Annual report of the Punjab Veterinary College and of the Civil Veterinary Department, Punjab - 1920-1925
Year: 1920
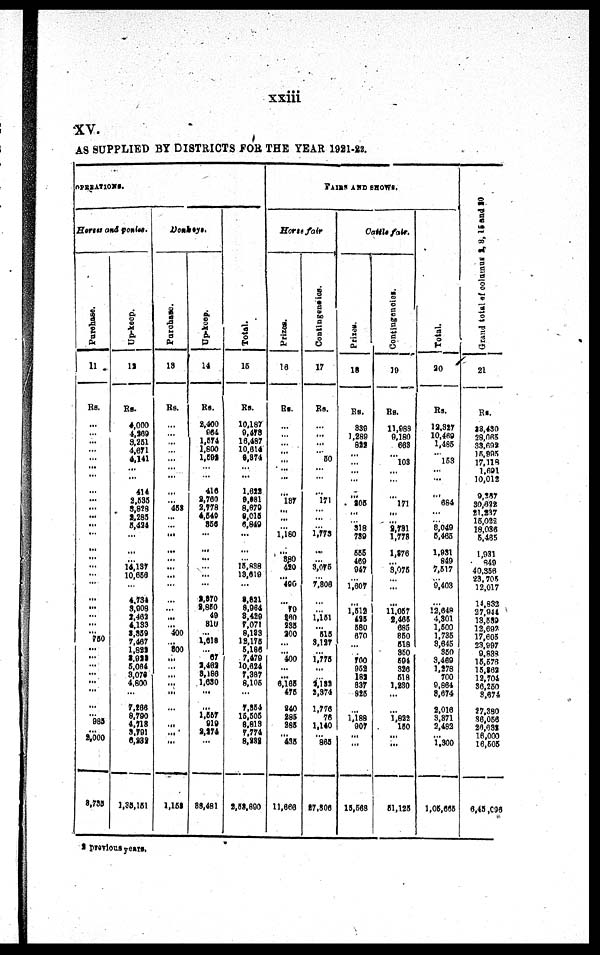
xxiii
XV.
AS SUPPLIED BY DISTRICTS FOB THE YEAR 1911-M.
OPERATIONS.
Horse and ponies.
Purchase.
11
Rs.
...
... ...
...
...
...
...
...
...
...
...
...
...
...
...
...
...
...
...
...
...
...
... 750
...
...
... ...
...
...
...
... 985
...
2,000
3,735
Up-keep.
12
Rs.
4,000
4,269
3,251
4,671
4,141
...
...
414
2,535
3,878
2,285
5,424
...
...
... 14,137
10,656
...
4,734
3,908
2,462
4,133
3,359
7,467
1,822
2,922
5,064
3,076
4,800
...
7,266
8,790
4,718
3,791
6,232
1,35,151
Donkeys.
Purchase.
13
Rs.
...
...
...
...
...
... ...
...
... 453
...
...
...
...
... ...
...
...
...
...
...
... 400
... 800
...
...
... ...
...
...
...
...
...
1,153
Up-keep.
14
Rs.
2,400
964
1,574
1,800
1,592
...
...
416
2,760 2,778 4,450
856
...
...
...
...
...
...
2,370
2,850
49
810
... 1,618
... 67
2,462
3,186
1,650
...
...
1,557
919
2,274
...
33,481
Total.
15
Rs.
10,187
9,478
16,487
10,614
8,874
...
...
1,622
9,081 8,679 9,015
6,849
...
...
... 15,838
13,619
...
8,821
8,964
3,429
7,071
8,133
12,175
5,186
7,479
10,624
7,387
8,105
...
7,354
15,505
8,813
7,774
8,232
2,53,890
FAIRS AND SHOWS.
Horse fair
Prizes.
16
Rs.
...
...
...
...
...
...
...
...
187
...
...
... 1,180
...
880
420
... 490
...
70
260
235
200
...
... 400
... ...
6,165
475
240
285
285
... 435
11,666
Contingencies.
17
Rs.
...
...
...
... 50
...
...
...
171
...
...
... 1,773
...
... 3,075
... 7,806
...
... 1,151
... 515
3,127
... 1,775
...
... 2,132
2,374
1,776
76
1,140
... 865
27,306
Cattle fair.
Prizes.
18
Rs.
339
1,289
822
...
...
...
...
...
205
...
... 318
789
555
469
947
... 1,607
...
1,512
425
580
670
...
... 700
952
182
837
825
...
1,188
907
...
...
15,568
Contingencies.
19
Rs.
11,988
9,180
663
... 103
...
...
...
171
...
... 2,781
1,778
1,376
... 3,075
...
...
...
11,057
2,465
685
850
518
850
594
326
518
1,230
...
...
1,822
150
...
...
51,125
Total.
20
Rs.
12,327
10,469
1,485
... 153
... ...
...
684
...
... 8,049
5,465
1,931
849
7,517
... 9,403
...
12,548
4,301
1,500
1,735
3,645
350
3,469
1,278
700
9,864
8,674
2,016
3,371
2,482
... 1,300
1,05,665
Grand total of column 2, 8, 16 and 20
21
Rs.
23,430
28,065
33,692
15,995
17,118
1,691
10,012
9,387
30,622
21,237
15,022
18,036
5,465
1,931
849
40,356
23,705 12,017
14,832
27,944
13,539
12,692
17,605
23,997
9,833
15,576
15,862
12,704
36,250
3,674
27,380
36,056
26,632
16,000
16,505
6,45,096
2 previous
years.